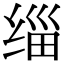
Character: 缁